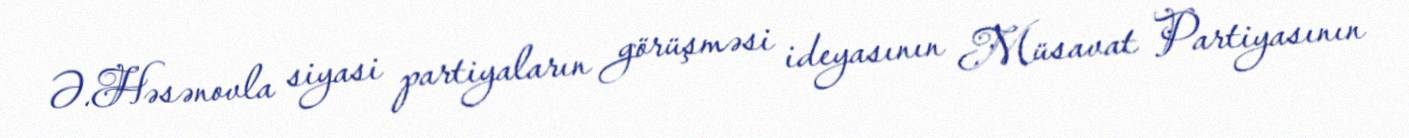
Ə.Həsənovla siyasi partiyaların görüşməsi ideyasının Müsavat Partiyasının